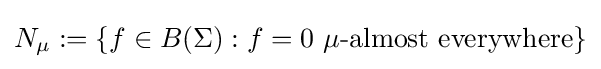
N_{\mu }:=\{f\in B(\Sigma ):f=0\ \mu {\text{-almost everywhere}}\}